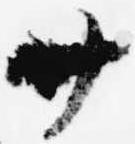
廿